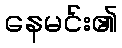
နေမင်း၏